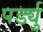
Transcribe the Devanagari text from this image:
पर्ड्यु